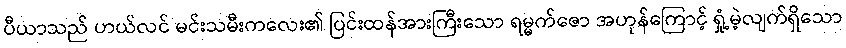
ပီယာသည် ဟယ်လင် မင်းသမီးကလေး၏ ပြင်းထန်အားကြီးသော ရမ္မက်ဇော အဟုန်ကြောင့် ရှုံ့မဲ့လျက်ရှိသော